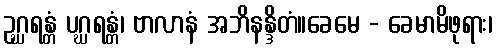
ဥဂ္ဃရန္တံ ပဂ္ဃရန္တံ၊ ဗာလာနံ အဘိနန္ဒိတံ။ခေမေ - ခေမာမိဖုရား၊